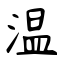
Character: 温